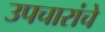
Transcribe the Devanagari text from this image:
उपचारांचे